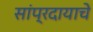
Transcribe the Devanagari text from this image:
सांप्रदायाचे